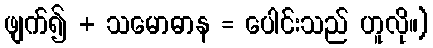
ဖျက်၍ + သမောဓာန = ပေါင်းသည် ဟူလို။)